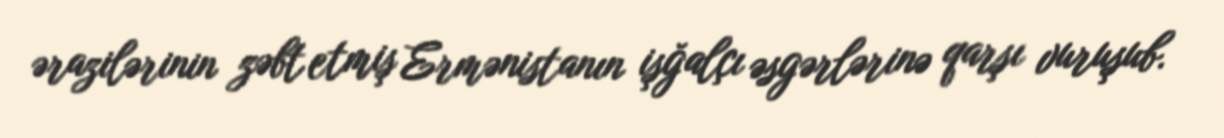
ərazilərinin zəbt etmiş Ermənistanın işğalçı əsgərlərinə qarşı vuruşub.